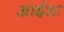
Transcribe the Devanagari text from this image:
आईशा